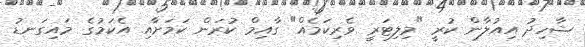
ޝާހިދު އިއުލާން ކުރީ "މިލިޓަރީ ވެރިކަމެއް" ގާއިމް ކުރަން ކަމަށާއި އެކަމުގެ މައިގަނޑު